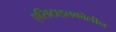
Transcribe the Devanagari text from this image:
एसिटाइलकोलीन